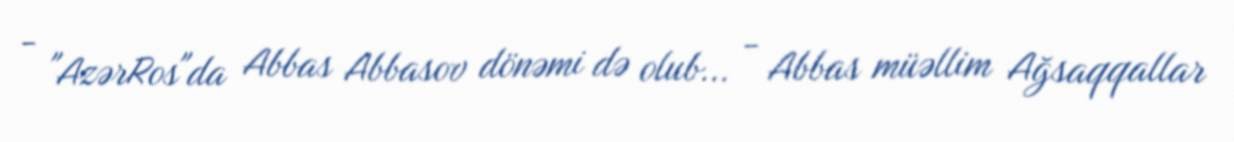
- "AzərRos"da Abbas Abbasov dönəmi də olub... - Abbas müəllim Ağsaqqallar